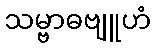
သမ္ဗာဓဗျူဟံ